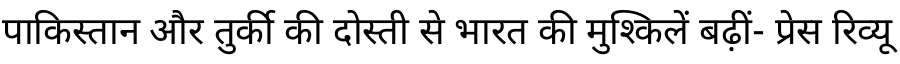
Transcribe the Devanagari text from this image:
पाकिस्तान और तुर्की की दोस्ती से भारत की मुश्किलें बढ़ीं- प्रेस रिव्यू